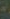
-